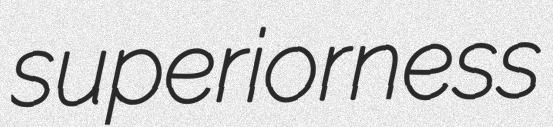
superiorness